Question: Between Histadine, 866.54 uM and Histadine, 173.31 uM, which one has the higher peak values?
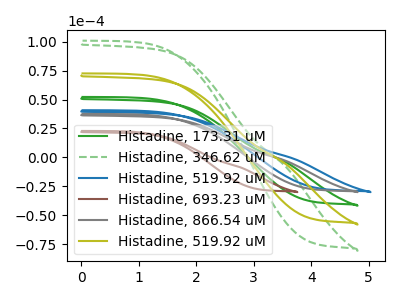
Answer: <think>The green curve "Histadine, 173.31 uM" has no peaks. The green dashed curve "Histadine, 346.62 uM" has no peaks. The blue curve "Histadine, 519.92 uM" has no peaks. The brown curve "Histadine, 693.23 uM" has no peaks. The gray curve "Histadine, 866.54 uM" has no peaks. The olive curve "Histadine, 519.92 uM" has no peaks.</think>
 <answer>Niether CV has any peaks.</answer>
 <eval>blanks</eval>